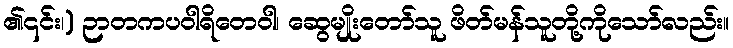
၏၎င်း၊) ဉာတကပဝါရိတေဝါ၊ ဆွေမျိုးတော်သူ ဖိတ်မန်သူတို့ကိုသော်လည်း။